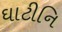
ઘાટીનિ